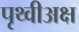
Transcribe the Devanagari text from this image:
पृथ्वीअक्ष